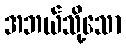
အဘယ်သို့သော